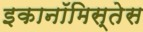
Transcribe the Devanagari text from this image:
इकानॉमिस्तेस